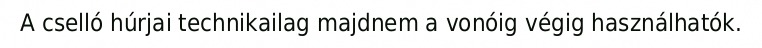
A cselló húrjai technikailag majdnem a vonóig végig használhatók.